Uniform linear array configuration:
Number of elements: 64
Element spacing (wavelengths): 0.5
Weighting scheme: exponential
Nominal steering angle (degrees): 15
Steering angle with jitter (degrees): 13.915
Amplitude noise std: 0.05
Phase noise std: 0.05

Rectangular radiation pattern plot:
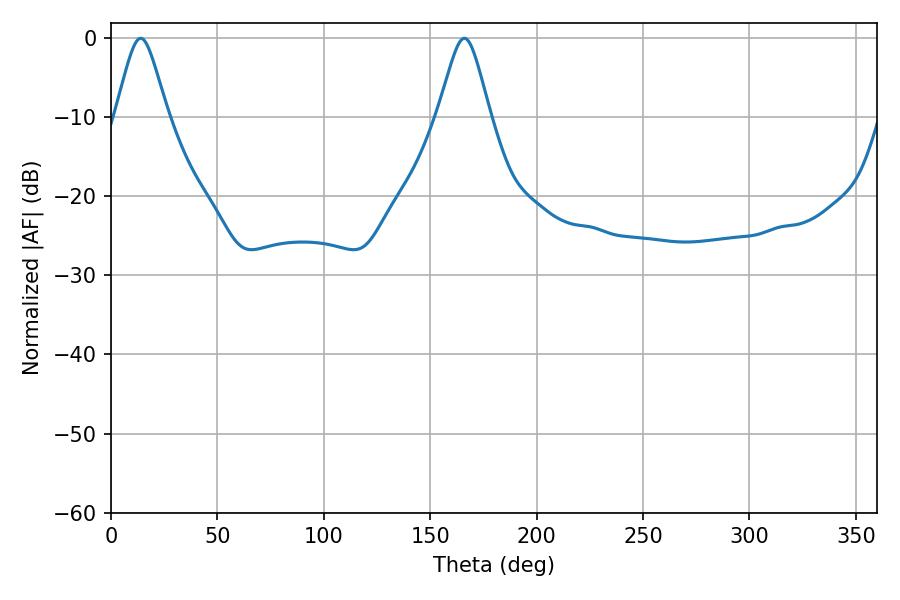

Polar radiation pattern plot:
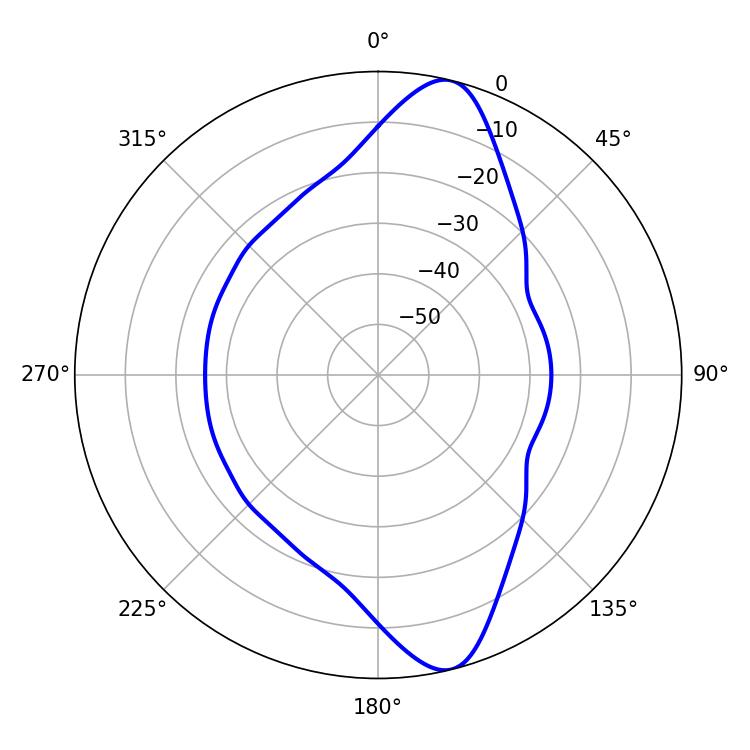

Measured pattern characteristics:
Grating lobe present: FALSE
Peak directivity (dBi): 12.165
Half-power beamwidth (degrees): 11.88
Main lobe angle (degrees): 14.04